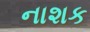
નાશક